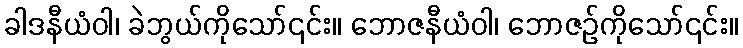
ခါဒနီယံဝါ၊ ခဲဘွယ်ကိုသော်၎င်း။ ဘောဇနီယံဝါ၊ ဘောဇဉ်ကိုသော်၎င်း။